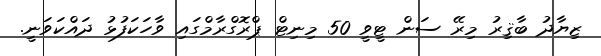
ޒިޔާދު ބާޤިރު މިރޭ ސަން ޓީވީ 50 މިނިޓް ޕްރޮގްރާމްގައި ވާހަކަފުޅު ދައްކަވަނީ.